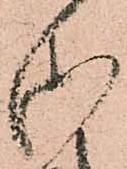
御